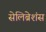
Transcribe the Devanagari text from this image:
सेलिब्रेशंस